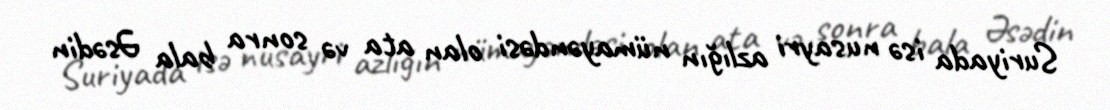
Suriyada isə nusayri azlığın nümayəndəsi olan ata və sonra bala Əsədin